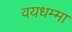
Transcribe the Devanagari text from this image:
वयधम्मा